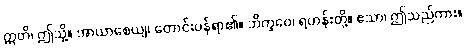
ဣတိ၊ ဤသို့။ အာယာစေယျ၊ တောင်းပန်ရာ၏။ ဘိက္ခဝေ၊ ရဟန်းတို့။ ဧသာ၊ ဤသည်ကား။